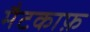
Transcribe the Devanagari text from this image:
मैटकाफ़